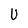
Character: U